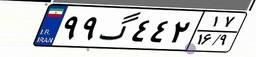
۹۹گ۴۴۲۱۷